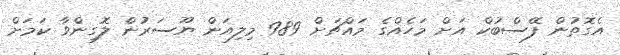
އެގޮތުން ފޭސްބުކް އަށް މަހެއްގެ މައްޗަށް 989 މިލިއަން ޔޫސަރުން ލޮގިންވާ ކަމަށް